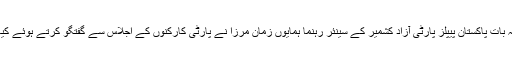
یہ بات پاکستان پیپلز پارٹی آزاد کشمیر کے سینئر رہنما ہمایوں زمان مرزا نے پارٹی کارکنوں کے اجلاس سے گفتگو کرتے ہوئے کیا۔